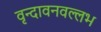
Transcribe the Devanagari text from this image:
वृन्दावनवल्लभ